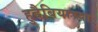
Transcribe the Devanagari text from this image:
हुदैबियाच्या